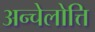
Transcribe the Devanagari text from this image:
अन्चेलोत्ति